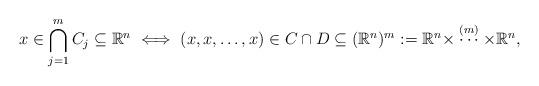
LaTeX: \begin{align*}x\in \bigcap_{j=1}^mC_j\subseteq\mathbb{R}^n \iff (x,x,\dots,x)\in C\cap D\subseteq(\mathbb{R}^n)^m:=\mathbb{R}^n\times\stackrel{(m)}{\cdots}\times\mathbb{R}^n,\end{align*}